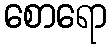
စောရော